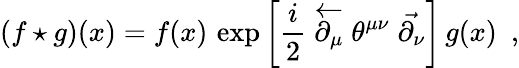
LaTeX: (f\star g)(x)=f(x)\, \exp\left[\frac{i}{2}\stackrel{\leftarrow}{\partial_{\mu}}\theta^{\mu\nu}\stackrel{\rightarrow}{\partial_{\nu}}\right]\, g(x)\, \, \, ,